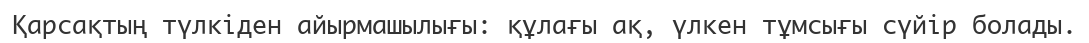
Қарсақтың түлкіден айырмашылығы: құлағы ақ, үлкен тұмсығы сүйір болады.